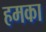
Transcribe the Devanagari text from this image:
हमका